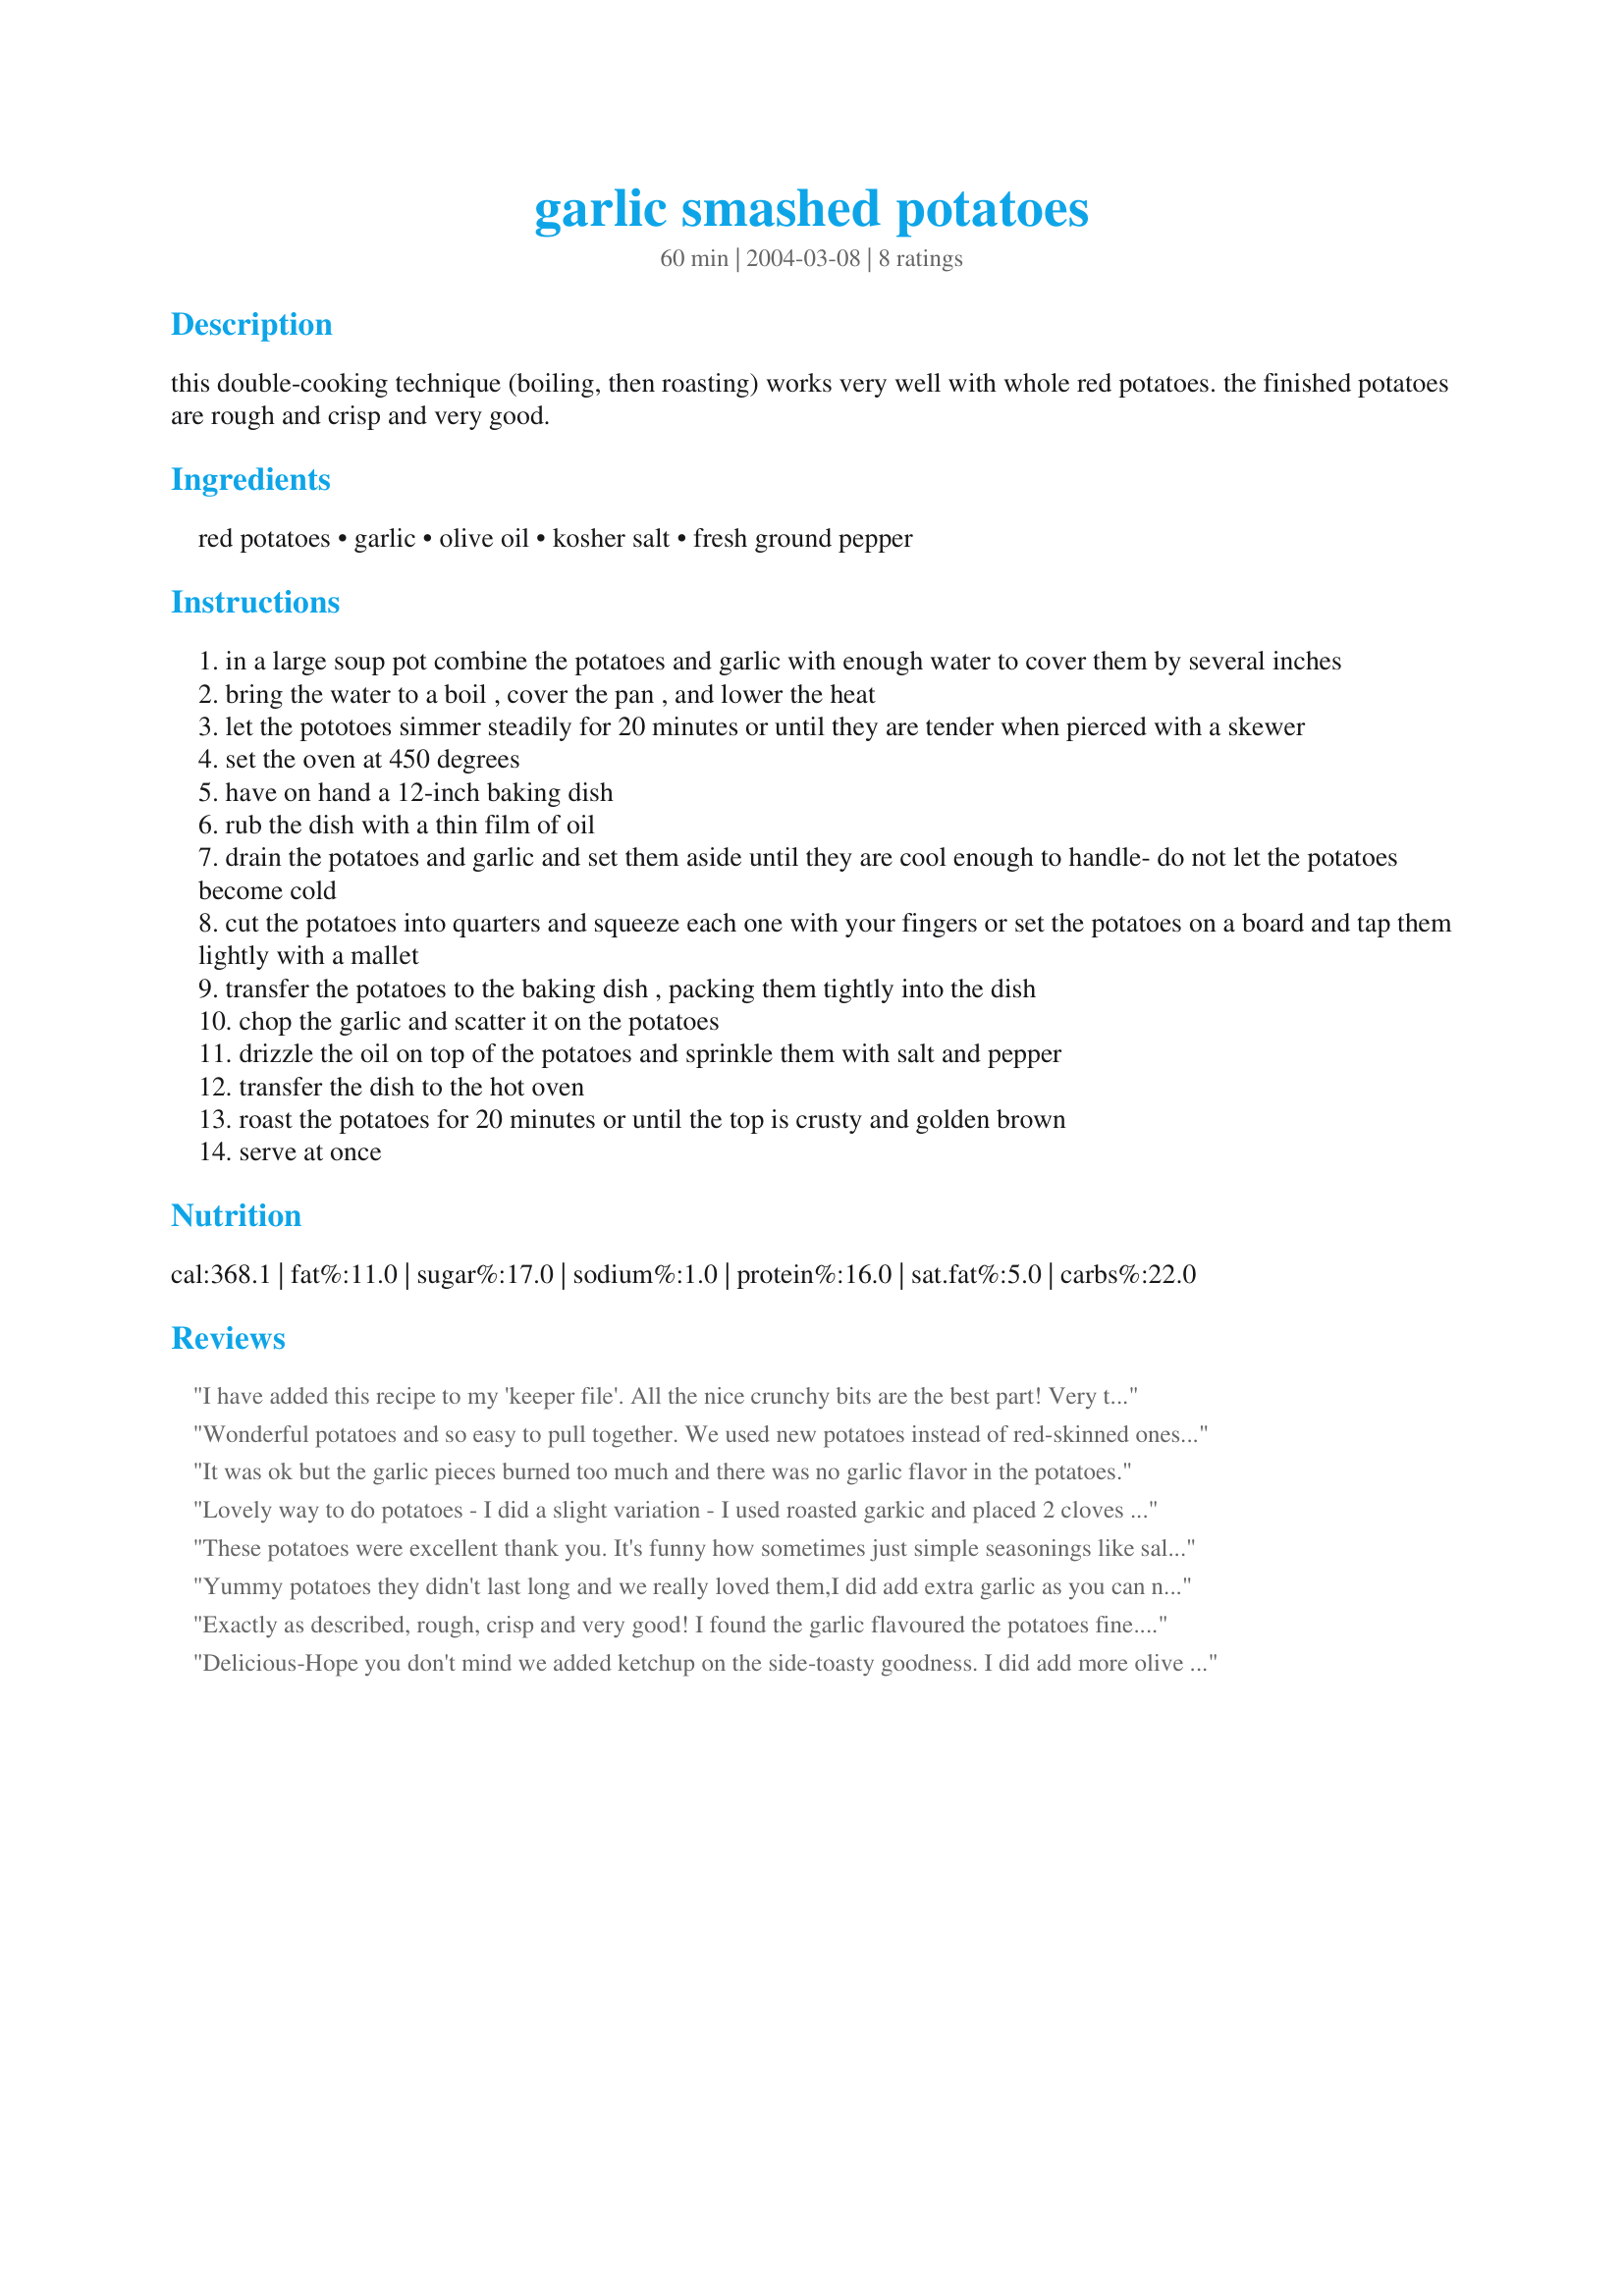
garlic smashed potatoes
Preparation time: 60 minutes

this double-cooking technique (boiling, then roasting) works very well with whole red potatoes. the finished potatoes are rough and crisp and very good.

Ingredients:
red potatoes, garlic, olive oil, kosher salt, fresh ground pepper

Steps:
in a large soup pot combine the potatoes and garlic with enough water to cover them by several inches
bring the water to a boil , cover the pan , and lower the heat
let the pototoes simmer steadily for 20 minutes or until they are tender when pierced with a skewer
set the oven at 450 degrees
have on hand a 12-inch baking dish
rub the dish with a thin film of oil
drain the potatoes and garlic and set them aside until they are cool enough to handle- do not let the potatoes become cold
cut the potatoes into quarters and squeeze each one with your fingers or set the potatoes on a board and tap them lightly with a mallet
transfer the potatoes to the baking dish , packing them tightly into the dish
chop the garlic and scatter it on the potatoes
drizzle the oil on top of the potatoes and sprinkle them with salt and pepper
transfer the dish to the hot oven
roast the potatoes for 20 minutes or until the top is crusty and golden brown
serve at once

Reviews:
I have added this recipe to my 'keeper file'. All the nice crunchy bits are the best part! Very tasty!!

Wonderful potatoes and so easy to pull together. We used new potatoes instead of red-skinned ones and found they worked very well. I also had a bit of truffle oil I wanted to use up so I used that in place of olive oil and it added a great nutty taste to the dish. Thanks for a keeper of a recipe!
It was ok but the garlic pieces burned too much and there was no garlic flavor in the potatoes.
Lovely way to do potatoes - I did a slight variation - I used roasted garkic and placed 2 cloves in each potato and used no oil just a spray of "No Oil" They were wonderful
These potatoes were excellent thank you. It's funny how sometimes just simple seasonings like salt and pepper and a good olive oil work so well. They were really tender with lovely crispy bits and the garlic was mild, but still there as a background flavour.
Yummy potatoes they didn't last long and we really loved them,I did add extra garlic as you can never have too much.
Exactly as described, rough, crisp and very good! I found the garlic flavoured the potatoes fine.
Thanks for sharing.
Delicious-Hope you don't mind we added ketchup on the side-toasty goodness. I did add more olive oil, the red potatoes were on the large(regular size) and the oil was quickly absorbed while I was smashing the others.
